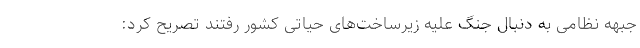
جبهه نظامی به دنبال جنگ علیه زیرساخت‌های حیاتی کشور رفتند تصریح کرد: